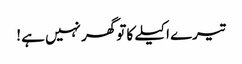
تیرے اکیلے کا تو گھر نہیں ہے !